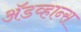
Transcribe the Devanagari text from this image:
अॅडव्हान्स